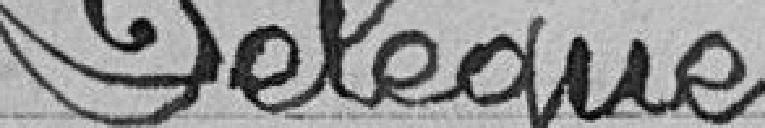
Délégué